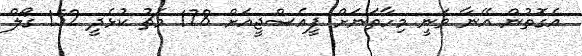
އެގޮތުން އޭނާ ވަނީ މިހާތަނަށް ޕީއެސްޖީއަށް 178 މެޗު ކުޅެދީ 152 ގޯލް